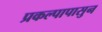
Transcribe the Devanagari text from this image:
प्रकल्पापासुन